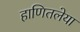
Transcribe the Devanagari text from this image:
हाणितलेया